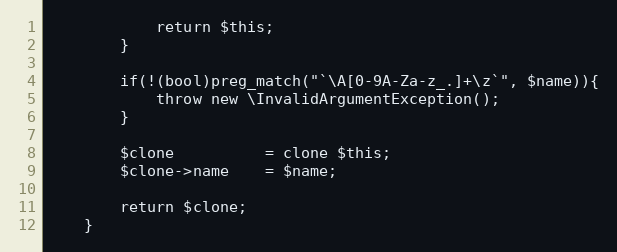
Language: PHP
            return $this;
        }

        if(!(bool)preg_match("`\A[0-9A-Za-z_.]+\z`", $name)){
            throw new \InvalidArgumentException();
        }

        $clone          = clone $this;
        $clone->name    = $name;

        return $clone;
    }